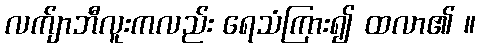
လက်ျာဘီလူးကလည်း ရေသံကြား၍ ထလာ၏ ။